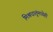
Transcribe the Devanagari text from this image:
मिश्रधातूंमध्येही